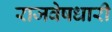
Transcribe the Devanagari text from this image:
राजवेषधारी